Lunatic asylums Punjab 1881-1894 - 1881-1894
Year: 1881
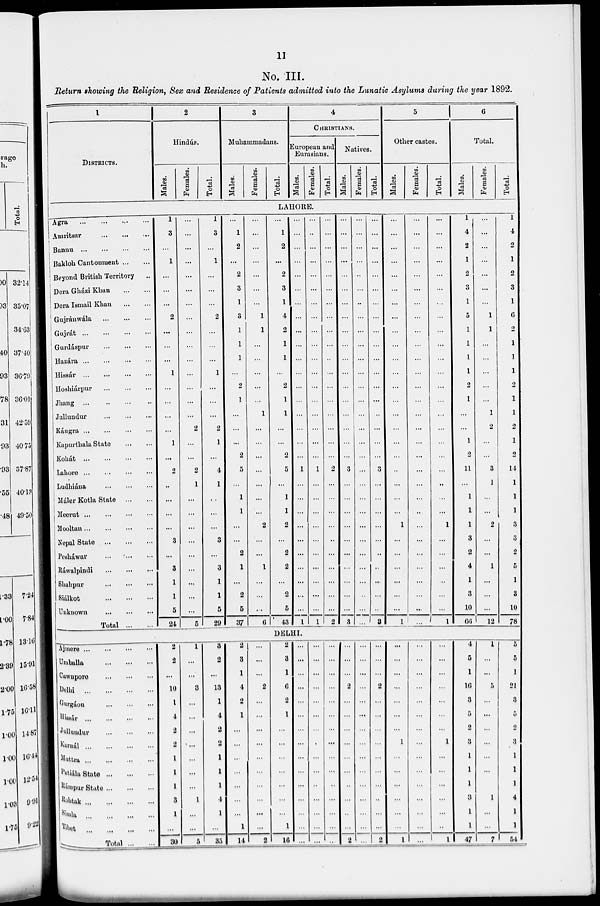
11
No. III.
Return showing the Religion, Sex and Residence of Patients admitted into the Lunatic Asylums during the year 1892.
1
DISTRICTS.
2
Hindús.
Males.
Females.
Total.
3
Muhammadans.
Males.
Females.
Total.
4
CHRISTIANS.
European and
Eurasians.
Males.
Females.
Total.
Natives.
Males.
Females.
Total.
5
Other castes.
Males.
Females.
Total.
6
Total.
Males.
Females.
Total.
LAHORE.
Agra
...
...
...
...
Amritsar
...
...
...
Bannu
...
...
...
...
Bakloh Cantonment ... ...
Beyond British Territory ...
Dera Gházi Khan
...
...
Dera Ismail Khan ... ...
Gujránwála ... ... ... ...
Gujrát
...
...
...
...
Gurdáspur ... ... ... ...
Hazára
...
...
...
...
Hussar
...
...
...
...
Hoshiárpur ... ... ... ...
Jhang ... ... ... ...
Jullundur ... ... ... ...
Káugra
...
...
...
...
Kapurthala State
...
...
Kohát
...
...
...
...
Lahore
...
...
...
...
Ludhiána ... ... ... ...
Máler Kotla State
...
...
Meerut
...
...
...
...
Mooltan
...
...
...
...
Nopal State ... ... ... ...
Pesháwar ... ... ... ...
Ráwalpindi ... ... ... ...
Shahpur
...
...
...
...
Siálkot
...
...
...
...
Unknown ... ... ... ...
Total
...
...
1
3
...
1
...
...
...
2
...
...
...
1
...
...
...
...
1
...
2
...
...
...
...
3
...
3
1
1
5
24
...
...
...
...
...
...
...
...
...
...
...
...
...
...
...
2
...
...
2
1
...
...
...
...
...
...
...
...
...
5
1
3
...
1
...
...
...
2
...
...
...
1
...
...
...
2
1
...
4
1
...
...
...
3
...
3
1
1
5
29
...
1
2
...
2
3
1
3
1
1
1
...
2
1
...
...
...
2
5
...
1
1
...
...
2
1
...
2
5
37
...
...
...
...
...
...
...
1
1
...
...
...
...
...
1
...
...
...
...
...
...
...
2
...
...
1
...
...
...
6
...
1
2
...
2
3
1
4
2
1
1
...
2
1
1
...
...
2
5
...
1
1
2
...
2
2
...
2
5
43
...
...
...
...
...
...
...
...
...
...
...
...
...
...
...
...
...
...
1
...
...
...
...
...
...
...
...
...
...
1
...
...
...
...
...
...
...
...
...
...
...
...
...
...
...
...
...
...
1
...
...
...
...
...
...
...
...
...
...
1
...
...
...
...
...
...
...
...
...
...
...
....
...
...
...
...
...
...
2
...
...
...
...
...
...
...
...
...
...
2
...
...
...
...
...
...
...
...
...
...
...
...
...
...
...
...
...
...
3
...
...
...
...
...
...
...
...
...
...
3
...
...
...
...
...
...
...
...
...
...
...
...
...
...
...
...
...
...
...
...
...
...
...
...
...
...
...
...
...
...
...
...
...
...
...
...
...
...
...
...
...
...
...
...
...
...
...
...
3
...
...
...
...
...
...
...
...
...
...
3
...
...
...
...
...
...
...
...
...
...
...
...
...
...
...
...
...
...
...
...
...
...
1
...
...
...
...
...
...
1
...
...
...
...
...
...
...
...
...
...
...
...
...
...
...
...
...
...
...
...
...
...
...
...
...
...
...
...
...
...
...
...
...
...
...
...
...
...
...
...
...
...
...
...
...
...
...
...
...
...
...
...
1
...
...
...
...
...
...
1
1
4
2
1
2
3
1
5
1
1
1
1
2
1
...
...
1
2
11
...
1
1
1
3
2
4
1
3
10
66
...
...
...
...
...
...
...
1
1
...
...
...
...
...
1
2
...
...
3
1
...
...
2
...
...
1
...
...
...
12
1
4
2
1
2
3
1
6
2
1
1
1
2
1
1
2
1
2
14
1
1
1
3
3
2
5
1
3
10
78
DELHI.
Ajmere
...
...
...
...
Umballa
...
...
...
...
Cawnpore ... ... ... ...
Delhi
...
...
...
...
Gurgáon
...
...
...
...
Hissár
...
...
...
...
Jullundur
...
...
...
...
Karnál
...
...
...
...
Muttra
...
...
...
...
Patiála State ... ... ... ...
Rámpur State ... ... ... ...
Rohtak
...
...
...
...
Simla ... ... ... ...
Tibet ... ... ... ...
Total ... ...
2
2
...
10
1
4
2
2
1
1
1
3
1
...
30
1
...
...
3
...
...
...
...
...
...
...
1
...
...
5
3
2
...
13
1
4
2
2
1
1
1
4
1
...
35
2
3
1
4
2
1
...
...
...
...
...
...
...
1
14
...
...
...
2
...
...
...
...
...
...
...
...
...
...
2
2
3
1
6
2
1
...
...
...
...
...
...
...
1
16
...
...
...
...
...
...
...
...
...
...
...
...
...
...
...
...
...
...
...
...
...
...
...
...
...
...
...
...
...
...
...
...
...
...
...
...
...
...
...
...
...
...
...
...
...
...
...
...
2
...
...
...
...
...
...
...
...
...
...
2
...
...
...
...
...
...
...
...
...
...
...
...
...
...
...
...
...
...
2
...
...
...
...
...
...
...
...
...
...
2
...
...
...
...
...
...
...
1
...
...
...
...
...
...
1
...
...
...
...
...
...
...
...
...
...
...
...
...
...
...
...
...
...
...
...
...
1
...
...
...
...
...
...
1
4
5
1
16
3
5
2
3
1
1
1
3
1
1
47
1
...
...
5
...
...
...
...
...
...
...
1
...
...
7
5
5
1
21
3
5
2
3
1
1
1
4
1
1
54